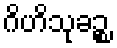
ဂိဟိသုခဉ္စ